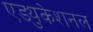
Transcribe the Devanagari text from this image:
एड्युकेशनल